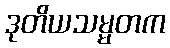
ဒုတိယသမ္မတက